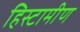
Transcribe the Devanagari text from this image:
हिस्टामीण